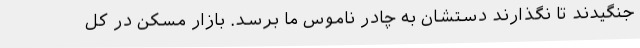
جنگیدند تا نگذارند دستشان به چادر ناموس ما برسد. بازار مسکن در کل